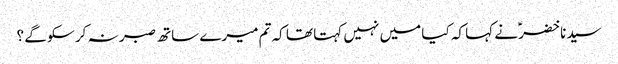
سیدنا خضرؑ نے کہا کہ کیا میں نہیں کہتا تھا کہ تم میرے ساتھ صبر نہ کر سکو گے ؟